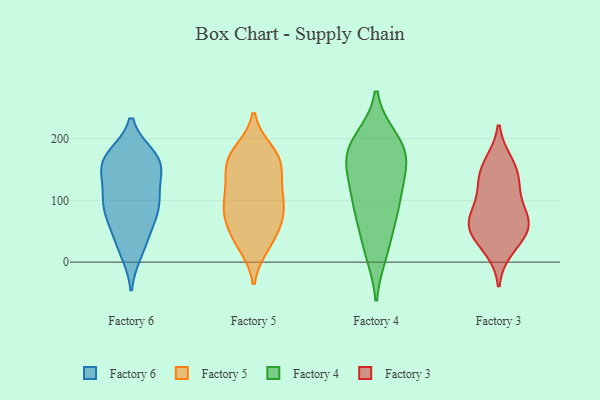
{"axis": {"x": "Churn Rate (%)", "y": "Value"}, "legend": ["Factory 3", "Factory 4", "Factory 5", "Factory 6"], "data": [{"x": "", "y": 93, "type": "Factory 6"}, {"x": "", "y": 77, "type": "Factory 6"}, {"x": "", "y": 168, "type": "Factory 6"}, {"x": "", "y": 106, "type": "Factory 6"}, {"x": "", "y": 170, "type": "Factory 6"}, {"x": "", "y": 153, "type": "Factory 6"}, {"x": "", "y": 21, "type": "Factory 6"}, {"x": "", "y": 153, "type": "Factory 6"}, {"x": "", "y": 52, "type": "Factory 6"}, {"x": "", "y": 95, "type": "Factory 6"}, {"x": "", "y": 52, "type": "Factory 6"}, {"x": "", "y": 158, "type": "Factory 6"}, {"x": "", "y": 171, "type": "Factory 6"}, {"x": "", "y": 129, "type": "Factory 6"}, {"x": "", "y": 85, "type": "Factory 6"}, {"x": "", "y": 16, "type": "Factory 6"}, {"x": "", "y": 163, "type": "Factory 6"}, {"x": "", "y": 103, "type": "Factory 6"}, {"x": "", "y": 179, "type": "Factory 5"}, {"x": "", "y": 29, "type": "Factory 5"}, {"x": "", "y": 141, "type": "Factory 5"}, {"x": "", "y": 103, "type": "Factory 5"}, {"x": "", "y": 27, "type": "Factory 5"}, {"x": "", "y": 93, "type": "Factory 5"}, {"x": "", "y": 167, "type": "Factory 5"}, {"x": "", "y": 114, "type": "Factory 5"}, {"x": "", "y": 128, "type": "Factory 5"}, {"x": "", "y": 168, "type": "Factory 5"}, {"x": "", "y": 172, "type": "Factory 5"}, {"x": "", "y": 81, "type": "Factory 5"}, {"x": "", "y": 73, "type": "Factory 5"}, {"x": "", "y": 83, "type": "Factory 5"}, {"x": "", "y": 58, "type": "Factory 5"}, {"x": "", "y": 45, "type": "Factory 5"}, {"x": "", "y": 159, "type": "Factory 5"}, {"x": "", "y": 188, "type": "Factory 4"}, {"x": "", "y": 68, "type": "Factory 4"}, {"x": "", "y": 167, "type": "Factory 4"}, {"x": "", "y": 155, "type": "Factory 4"}, {"x": "", "y": 140, "type": "Factory 4"}, {"x": "", "y": 23, "type": "Factory 4"}, {"x": "", "y": 191, "type": "Factory 4"}, {"x": "", "y": 15, "type": "Factory 4"}, {"x": "", "y": 101, "type": "Factory 4"}, {"x": "", "y": 199, "type": "Factory 4"}, {"x": "", "y": 83, "type": "Factory 4"}, {"x": "", "y": 94, "type": "Factory 4"}, {"x": "", "y": 183, "type": "Factory 4"}, {"x": "", "y": 137, "type": "Factory 4"}, {"x": "", "y": 62, "type": "Factory 3"}, {"x": "", "y": 159, "type": "Factory 3"}, {"x": "", "y": 71, "type": "Factory 3"}, {"x": "", "y": 73, "type": "Factory 3"}, {"x": "", "y": 49, "type": "Factory 3"}, {"x": "", "y": 131, "type": "Factory 3"}, {"x": "", "y": 111, "type": "Factory 3"}, {"x": "", "y": 23, "type": "Factory 3"}, {"x": "", "y": 148, "type": "Factory 3"}, {"x": "", "y": 51, "type": "Factory 3"}]}